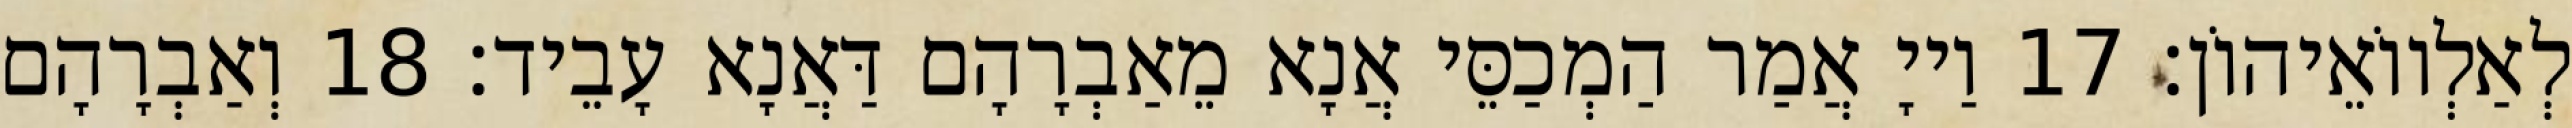
לְאַלְווֹאֵיהוֹן׃ 17 וַייָ אֲמַר הַמְכַסֵּי אֲנָא מֵאַבְרָהָם דַּאֲנָא עָבֵיד׃ 18 וְאַבְרָהָם